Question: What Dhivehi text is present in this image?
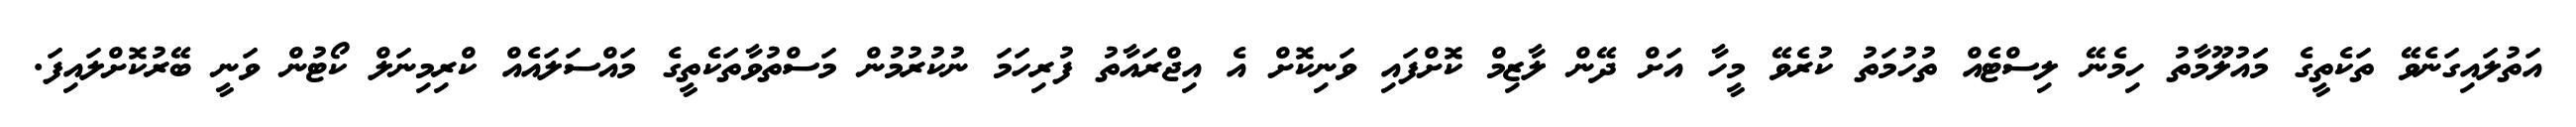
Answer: އަތުލައިގަނެވޭ ތަކެތީގެ މަައުލޫމާތު ހިމެނޭ ލިސްޓެއް ތުހުމަތު ކުރެވޭ މީހާ އަށް ދޭން ލާޒިމް ކޮށްފައި ވަނިކޮށް އެ އިޖްރައާތު ފުރިހަމަ ނުކުރުމުން މަސްތުވާތަކެތީގެ މައްސަލައެއް ކްރިމިނަލް ކޯޓުން ވަނީ ބޭރުކޮށްލައިފަ.